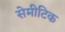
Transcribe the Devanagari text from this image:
सेमीटिक